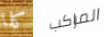
كلا المراكب